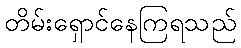
တိမ်းရှောင်နေကြရသည်